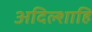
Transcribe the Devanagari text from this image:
अदिल्शाहि